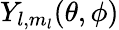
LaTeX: Y_{l,m_{l}}(\theta,\phi)